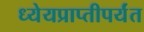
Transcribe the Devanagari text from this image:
ध्येयप्राप्तीपर्यंत